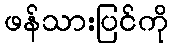
ဖန်သားပြင်ကို